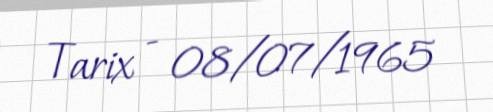
Tarix - 08/07/1965